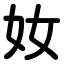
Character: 奻